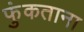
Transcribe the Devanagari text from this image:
फुंकताना